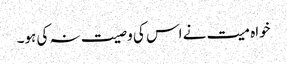
خواہ میت نے اس کی وصیت نہ کی ہو۔